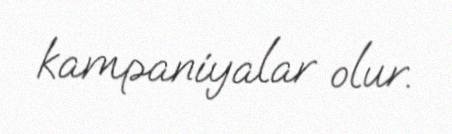
kampaniyalar olur.